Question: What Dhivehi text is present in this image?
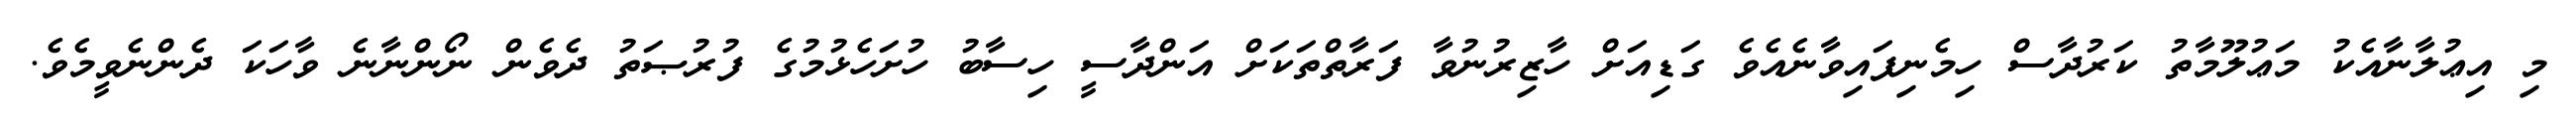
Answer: މި އިޢުލާނާއެކު މަޢުލޫމާތު ކަރުދާސް ހިމެނިފައިވާނެއެވެ ގަޑިއަށް ހާޒިރުނުވާ ފަރާތްތަކަށް އަންދާސީ ހިސާބު ހުށަހެޅުމުގެ ފުރުޞަތު ދެވެން ނޯންނާނެ ވާހަކަ ދެންނެވީމެވެ.